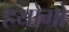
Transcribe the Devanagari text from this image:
हयोगो